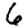
Digit: 6